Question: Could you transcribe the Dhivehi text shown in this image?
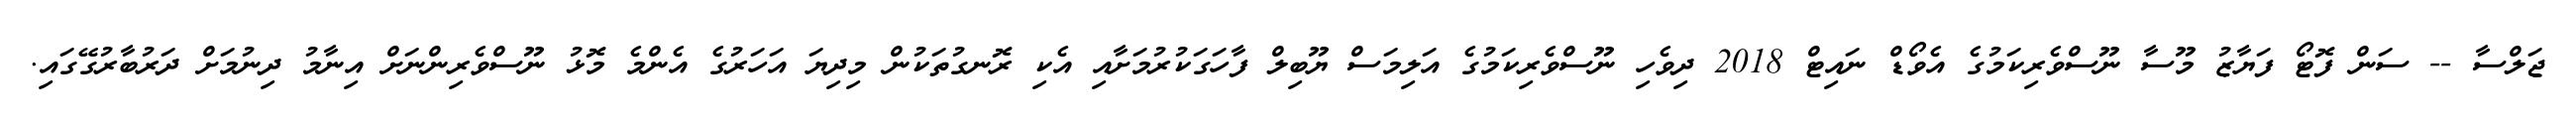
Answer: ޖަލްސާ -- ސަން ފޮޓޯ ފަޔާޒު މޫސާ ނޫސްވެރިކަމުގެ އެވޯޑް ނައިޓް 2018 ދިވެހި ނޫސްވެރިކަމުގެ އަލިމަސް ޔޫބިލް ފާހަގަކުރުމަށާއި އެކި ރޮނގުތަކުން މިދިޔަ އަހަރުގެ އެންމެ މޮޅު ނޫސްވެރިންނަށް އިނާމު ދިނުމަށް ދަރުބާރުގޭގައި.